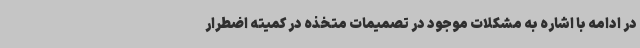
در ادامه با اشاره به مشکلات موجود در تصمیمات متخذه در کمیته اضطرار